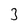
Character: 3